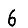
Digit: 6